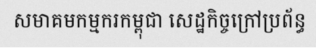
សមាគមកម្មករកម្ពុជា សេដ្ឋកិច្ចក្រៅប្រព័ន្ធ